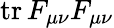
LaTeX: \mathrm{tr}\, F_{\mu\nu}F_{\mu\nu}